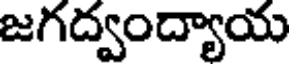
జగద్వంద్యాయ